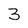
Character: 3